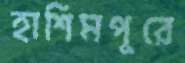
হাশিমপুরে